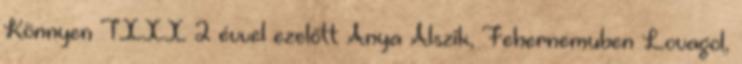
Könnyen TXXX 2 évvel ezelőtt Anya Alszik, Fehernemuben Lovagol,